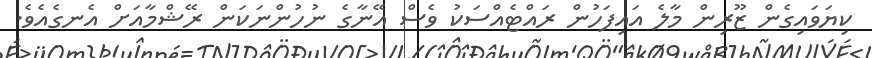
ކިޔަވައިގެން ޒޫރިން މާލެ އައިފަހުން ރައްޓެއްސަކު ވެސް އޭނާގެ ނުހުންނަކަން ރޭޝްމާއަށް އެނގެއެވެ.